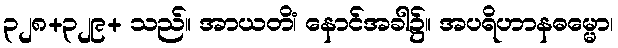
၃၂၈+၃၂၉+ သည်။ အာယတိံ၊ နောင်အခါ၌။ အပရိဟာနဓမ္မော၊